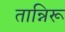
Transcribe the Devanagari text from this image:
तान्निरू